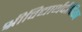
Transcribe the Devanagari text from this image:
श्रीविद्यार्थदीपिका